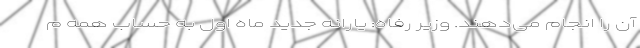
آن را انجام می‌دهند. وزیر رفاه: یارانه جدید ماه اول به حساب همه م